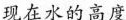
现在水的高度